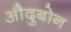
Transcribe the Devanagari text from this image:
औदुबोन